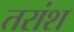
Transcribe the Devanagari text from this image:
तरांश